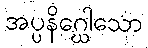
အပ္ပနိဂ္ဃေါသော